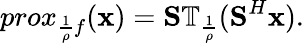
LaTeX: prox_{\frac{1}{\rho}f}(\textbf{x})=\textbf{S}\mathbb{T}_{\frac{1}{\rho}}(\textbf{S}^{H}\textbf{x}).